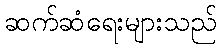
ဆက်ဆံရေးများသည်